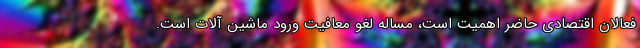
فعالان اقتصادی حاضر اهمیت است، مساله لغو معافیت ورود ماشین آلات است.